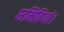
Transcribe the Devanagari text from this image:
समितियां।